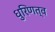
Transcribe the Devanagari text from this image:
धुरिणत्व